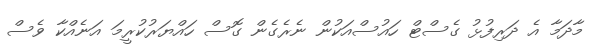
މާދަމާ އެ ދަރިފުޅު ގެސްޓް ހައުސްއަކުން ނެރެގެން ގޮސް ހައްޔަރުކުރީމަ އަނެއްކާ ވެސް